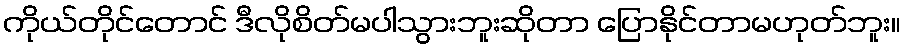
ကိုယ်တိုင်တောင် ဒီလိုစိတ်မပါသွားဘူးဆိုတာ ပြောနိုင်တာမဟုတ်ဘူး။